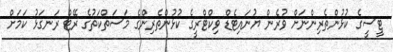
ޓީސީގެ ކުޅުންތެރިންނަށް ވުރެން ޔުނައިޓެޑް ވިކްޓްރީގެ ކުޅުންތެރިންގެ މަސަތްކަތުގެ ރޭޓް ރަނގަޅު ކަމަށް